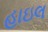
હાઇલ